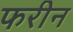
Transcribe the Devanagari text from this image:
फरीन